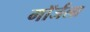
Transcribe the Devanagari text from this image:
गॉर्जला